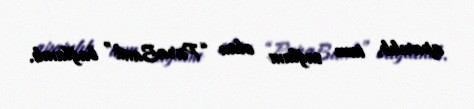
aparılıb, tam sağlam olan “ParaBank” bağlanıb.